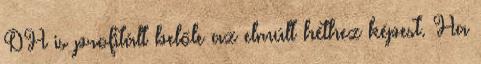
DH is profitált belőle az elmúlt héthez képest. Ha